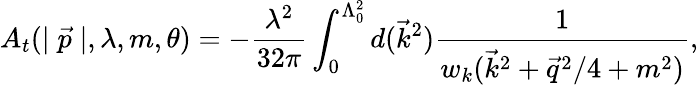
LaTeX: A_{t}(\mid\vec{p}\mid,\lambda,m,\theta)=-\frac{\lambda^{2}}{32\pi}\int_{0}^{\Lambda_{0}^{2}}d(\vec{k}^{2})\frac 1{w_{k}(\vec{k}^{2}+\vec{q}^{2}/4+m^{2})},